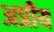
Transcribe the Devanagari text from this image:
अप्रीय